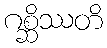
ဂစ္ဆိဿတိ